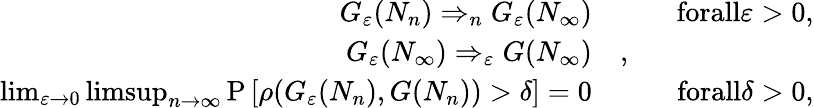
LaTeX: \begin{array}{rlr}{G_{\varepsilon}(N_{n})\Rightarrow_{n}G_{\varepsilon}(N_{\infty})}&{\quad}&{\textnormal{forall}\varepsilon>0,}\\ {G_{\varepsilon}(N_{\infty})\Rightarrow_{\varepsilon}G(N_{\infty})}&{,}\\ {\operatorname*{lim}_{\varepsilon\to 0}\operatorname*{limsup}_{n\to\infty}\mathrm{P}\left[\rho(G_{\varepsilon}(N_{n}),G(N_{n}))>\delta\right]=0}&{}&{\textnormal{forall}\delta>0,}\end{array}